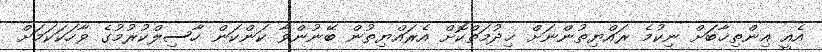
އެއީ އިންތިޚާބަށް ނިކުމެ ރައްޔިތުންނަށް ޚިދުމަތްކޮށް އެރައްޔިތުން ބޭނުންވާ ކަންކަން ހާސިލްކުރުމުގެ ވާހަކަކަމަށް